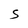
Character: S